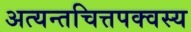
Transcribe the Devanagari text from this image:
अत्यन्तचित्तपक्वस्य